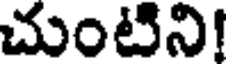
చుంటిని!